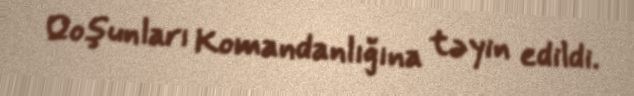
Qoşunları Komandanlığına təyin edildi.